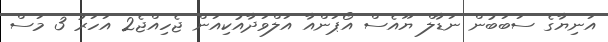
އަނިޔާގެ ސަބަބުން ނަޑާލް ޔޫއެސް އޯޕަންއާ އަލްވަދާއުކިއަން ޖެހިއްޖެ2 އަހަރު 3 މަސް